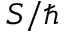
S / \hbar